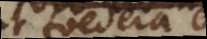
ut foedera